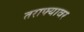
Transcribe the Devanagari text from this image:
तराफ्यावर